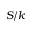
S / k